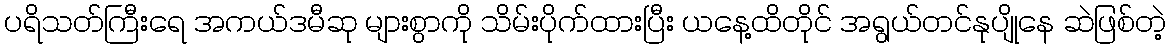
ပရိသတ်ကြီးရေ အကယ်ဒမီဆု များစွာကို သိမ်းပိုက်ထားပြီး ယနေ့ထိတိုင် အရွယ်တင်နုပျိုနေ ဆဲဖြစ်တဲ့